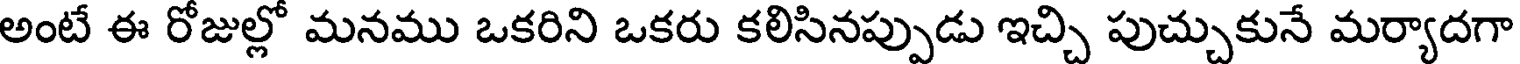
అంటే ఈ రోజుల్లో మనము ఒకరిని ఒకరు కలిసినప్పుడు ఇచ్చి పుచ్చుకునే మర్యాదగా